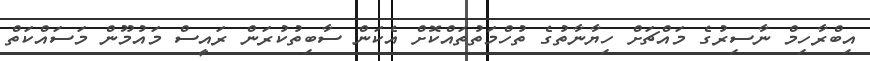
އިބްރާހިމް ނާސިރުގެ މައްޗަށް ހިޔާނާތުގެ ތުހްމަތުތައްކޮށް އެކަން ސާބިތުކުރަން ރައީސް މައުމޫން މަސައްކަތް